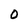
Character: 0